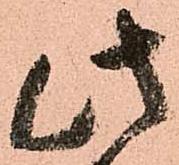
此